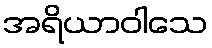
အရိယာဝါသေ